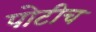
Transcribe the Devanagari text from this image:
पोटीच